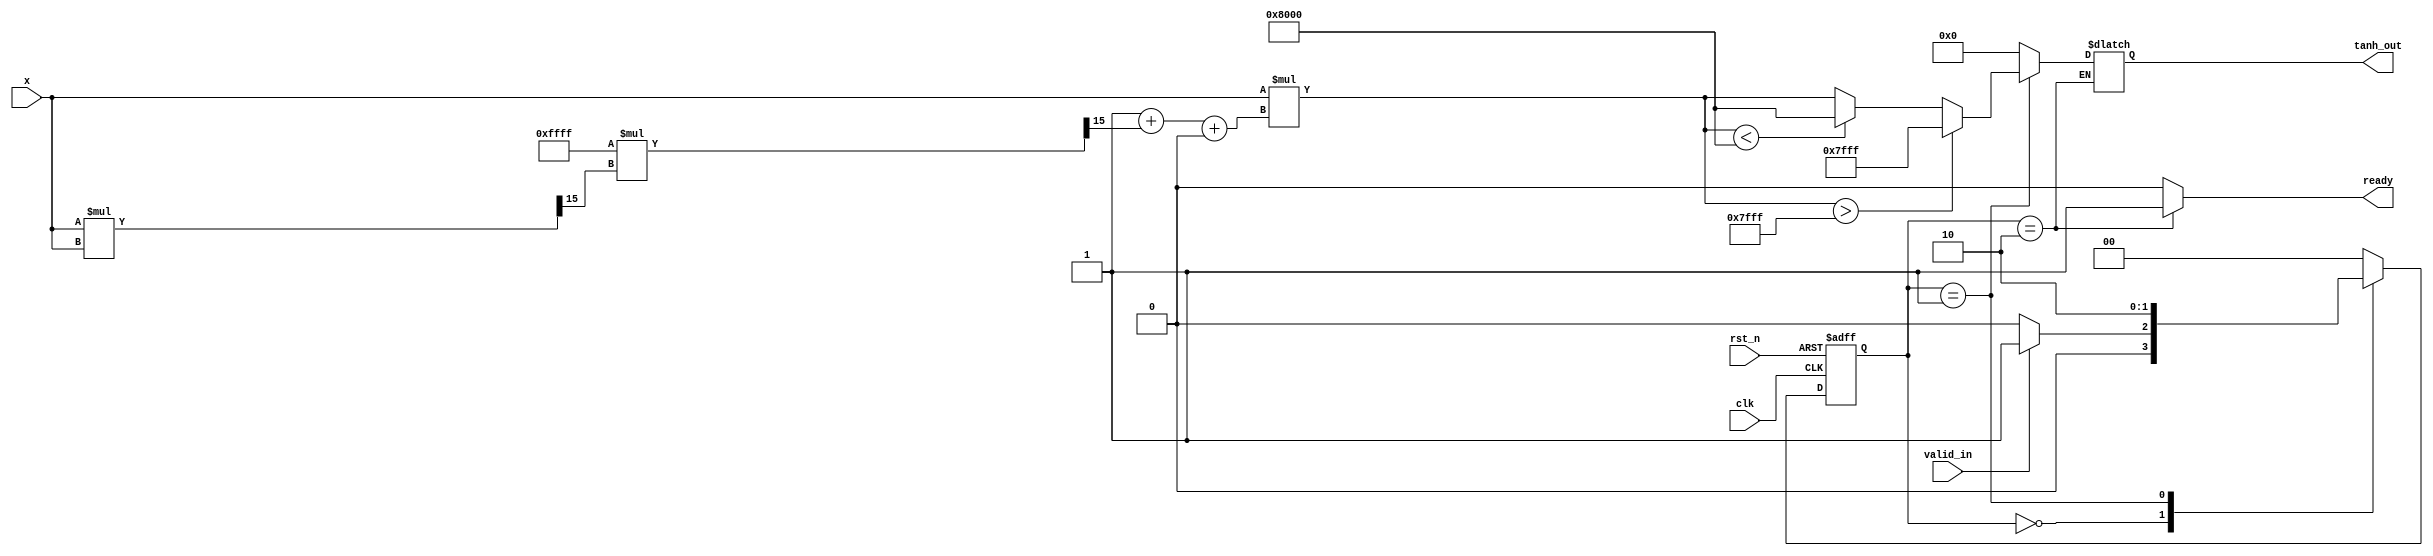
module tanh_approx(
    input wire clk,                 // Clock signal
    input wire rst_n,               // Active low reset signal
    input wire valid_in,            // Input valid signal
    input wire [15:0] x,            // Input value (16-bit fixed point)
    output reg [15:0] tanh_out,     // Output value (16-bit fixed point)
    output reg ready                // Output ready signal
);

    // Parameters
    parameter WIDTH = 16;           // Bit-width for input and output
    parameter MAX_VALUE = 16'h7FFF; // Maximum positive output value
    parameter MIN_VALUE = 16'h8000; // Minimum negative output value

    // Polynomial coefficients for approximation: tanh(x)  x*(1 - x^2/3 + x^4/5) 
    reg signed [WIDTH-1:0] coeff1 = 16'h0001; // 1 (1.0)
    reg signed [WIDTH-1:0] coeff2 = 16'hFFFF; // -1/3 (-0.3333)
    reg signed [WIDTH-1:0] coeff3 = 16'h0005; // 1/5 (0.2)

    // Internal signals
    reg signed [WIDTH-1:0] x_sq;    // x^2
    reg signed [WIDTH-1:0] x_fourth; // x^4
    reg signed [WIDTH-1:0] approx;   // Approximation result

    // State machine for control (simplified)
    localparam IDLE = 2'b00, COMPUTE = 2'b01, OUTPUT = 2'b10;
    reg [1:0] state, next_state;

    // Sequential logic for state update
    always @(posedge clk or negedge rst_n) begin
        if (!rst_n)
            state <= IDLE;
        else
            state <= next_state;
    end

    // State transition logic
    always @(*) begin
        case (state)
            IDLE: begin
                if (valid_in) 
                    next_state = COMPUTE;
                else 
                    next_state = IDLE;
            end
            COMPUTE: begin
                next_state = OUTPUT;
            end
            OUTPUT: begin
                next_state = IDLE;
            end
            default: next_state = IDLE;
        endcase
    end

    // Combinatorial logic for tanh approximation
    always @(*) begin
        ready = 0;
        case (state)
            COMPUTE: begin
                // Compute x^2 and x^4
                x_sq = (x * x) >>> (WIDTH - 1); // Fixed-point multiplication
                x_fourth = (x_sq * x_sq) >>> (WIDTH - 1);

                // polynomial approximation: approx = x * (1 - x^2/3 + x^4/5)
                approx = x * (coeff1 + (coeff2 * x_sq >>> (WIDTH - 1)) + (coeff3 * x_fourth >>> (WIDTH - 1)));
                // Clamp the approximation to stay within the maximum and minimum values
                if (approx > MAX_VALUE) 
                    tanh_out = MAX_VALUE;
                else if (approx < MIN_VALUE) 
                    tanh_out = MIN_VALUE;
                else 
                    tanh_out = approx;
            end
            OUTPUT: begin
                ready = 1;
            end
            default: begin
                tanh_out = 0;
            end
        endcase
    end

endmodule